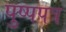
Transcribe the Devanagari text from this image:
पुष्पपत्र